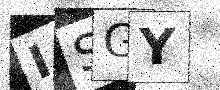
Text: ISGY